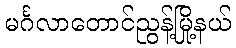
မင်္ဂလာတောင်ညွန့်မြို့နယ်